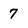
Character: 7